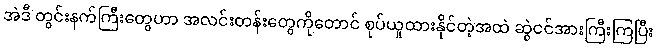
အဲဒီ တွင်းနက်ကြီးတွေဟာ အလင်းတန်းတွေကိုတောင် စုပ်ယူထားနိုင်တဲ့အထဲ ဆွဲငင်အားကြီးကြပြီး